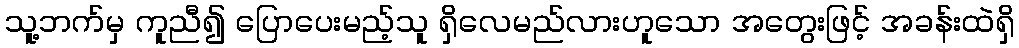
သူ့ဘက်မှ ကူညီ၍ ပြောပေးမည့်သူ ရှိလေမည်လားဟူသော အတွေးဖြင့် အခန်းထဲရှိ